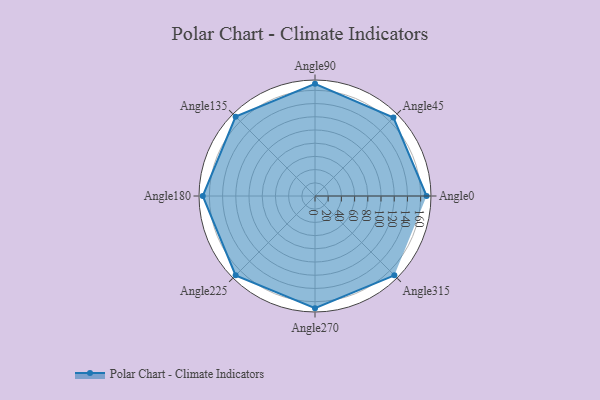
{"axis": {"x": "Angle", "y": "Radius"}, "legend": [""], "data": [{"x": "Angle0", "y": 169.0, "type": ""}, {"x": "Angle45", "y": 168.0, "type": ""}, {"x": "Angle90", "y": 170, "type": ""}, {"x": "Angle135", "y": 170, "type": ""}, {"x": "Angle180", "y": 170.0, "type": ""}, {"x": "Angle225", "y": 170, "type": ""}, {"x": "Angle270", "y": 170, "type": ""}, {"x": "Angle315", "y": 170, "type": ""}]}